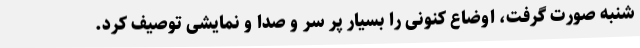
شنبه صورت گرفت، اوضاع کنونی را بسیار پر سر و صدا و نمایشی توصیف کرد.